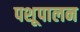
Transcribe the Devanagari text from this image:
पशूपालन